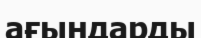
ағындарды